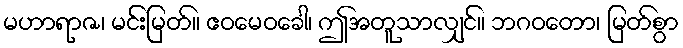
မဟာရာဇ၊ မင်းမြတ်။ ဧဝမေဝခေါ၊ ဤအတူသာလျှင်။ ဘဂဝတော၊ မြတ်စွာ